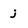
Character: j